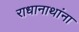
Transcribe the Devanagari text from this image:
राधानाथांना